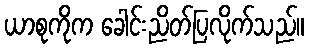
ယာစုကိုက ခေါင်းညိတ်ပြလိုက်သည်။